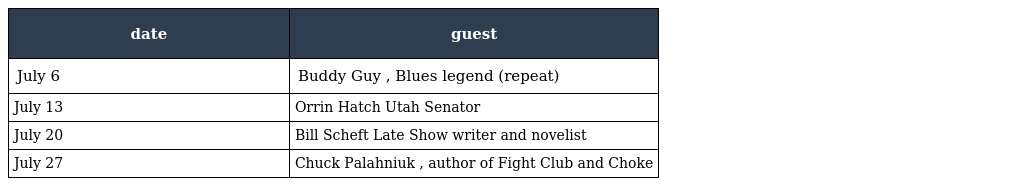
| date | guest |
 | --- | --- |
 | July 6 | Buddy Guy , Blues legend (repeat) |
 | July 13 | Orrin Hatch Utah Senator |
 | July 20 | Bill Scheft Late Show writer and novelist |
 | July 27 | Chuck Palahniuk , author of Fight Club and Choke |